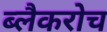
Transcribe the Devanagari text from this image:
ब्लैकरोच